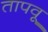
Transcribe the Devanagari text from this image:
तापवू